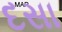
દસા